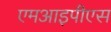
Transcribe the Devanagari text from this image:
एमआइपीएस